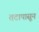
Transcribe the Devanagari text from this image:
तटापासून